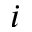
i